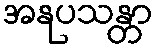
အနုပသန္တာ